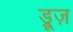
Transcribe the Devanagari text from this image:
ड्रूज़